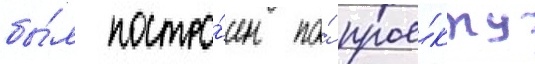
бы́л постро́ен по́ прое́кту